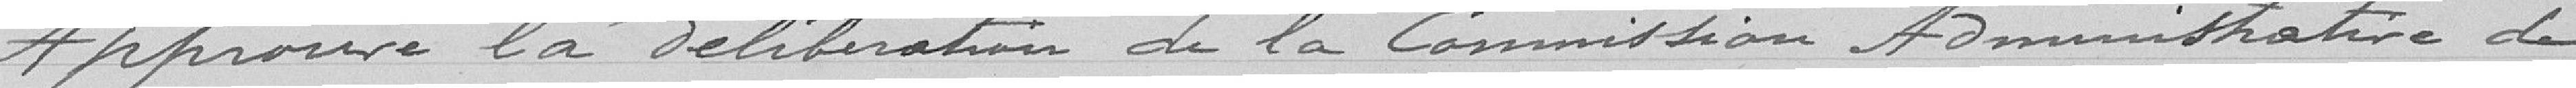
Approuve la délibération de la Commission Administrative de